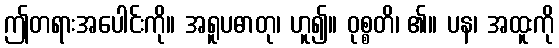
ဤတရားအပေါင်းကို။ အရူပဓာတု၊ ဟူ၍။ ဝုစ္စတိ၊ ၏။ ပန၊ အထူးကို